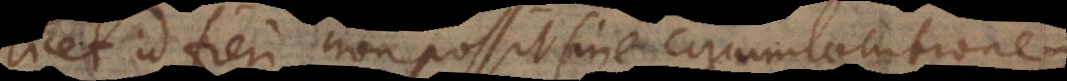
licet id fieri non possit sine circumlocutione